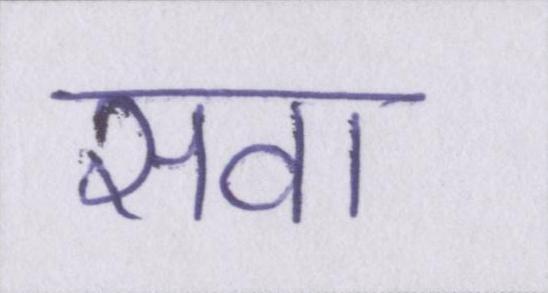
सवा